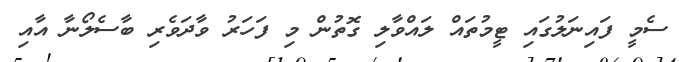
ސެމީ ފައިނަލުގައި ޓީމުތައް ލައްވާލި ގޮތުން މި ފަހަރު ވާދަވެރި ބާސެލޯނާ އާއި